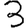
Digit: 3